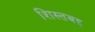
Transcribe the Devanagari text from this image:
शिस्तबद्द